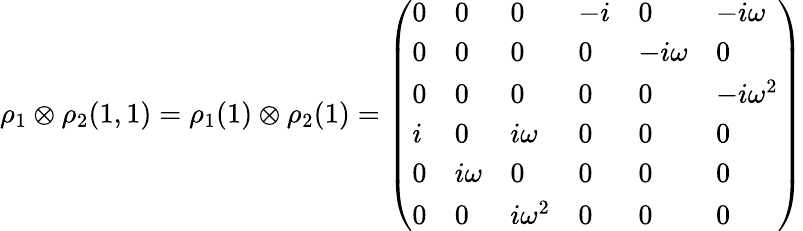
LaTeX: \rho_{1}\otimes\rho_{2}(1,1)=\rho_{1}(1)\otimes\rho_{2}(1)={\left(\begin{array}{llllll}{0}&{0}&{0}&{-i}&{0}&{-i\omega}\\ {0}&{0}&{0}&{0}&{-i\omega}&{0}\\ {0}&{0}&{0}&{0}&{0}&{-i\omega^{2}}\\ {i}&{0}&{i\omega}&{0}&{0}&{0}\\ {0}&{i\omega}&{0}&{0}&{0}&{0}\\ {0}&{0}&{i\omega^{2}}&{0}&{0}&{0}\end{array}\right)}